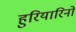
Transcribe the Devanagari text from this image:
हुरियारिनों